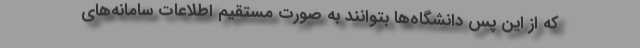
که از این پس دانشگاه‌ها بتوانند به صورت مستقیم اطلاعات سامانه‌های